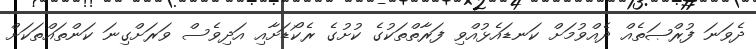
ދެވަނަ ފުރްޞަތެއް ދެއްވުމަށް ކަނޑައެޅުއްވި ފަރާތްތަކުގެ ކުށުގެ ރެކޯޑަށާއި އަދިވެސް ވަރަށްގިނަ ކަންތައްތަކަށް